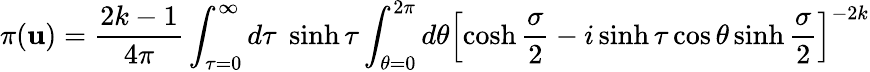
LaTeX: \pi(\mathbf{u})=\frac{{2k-1}}{{4\pi}}\int_{\tau=0}^{\infty}d\tau\; \sinh\tau\int_{\theta=0}^{2\pi}d\theta\left[\cosh\frac{{\sigma}}{{2}}-i\sinh\tau\cos\theta\sinh\frac{{\sigma}}{{2}}\right]^{-2k}